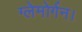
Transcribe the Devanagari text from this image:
ग्लेमोर्गन।